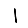
Digit: 1